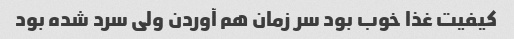
کیفیت غذا خوب بود سر زمان هم آوردن ولی سرد شده بود